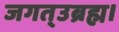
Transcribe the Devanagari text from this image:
जगत्उब्रह्म।